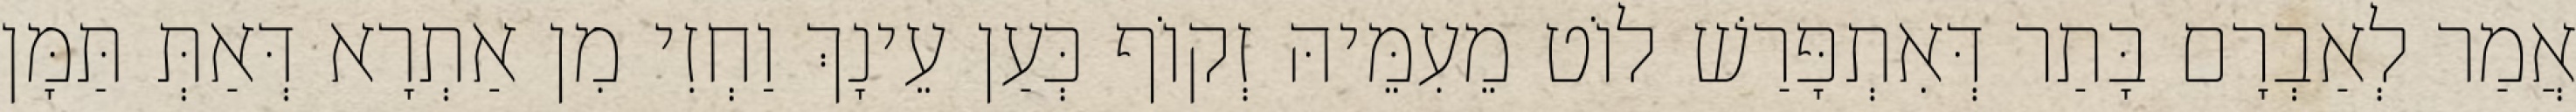
אֲמַר לְאַבְרָם בָּתַר דְּאִתְפָּרַשׁ לוֹט מֵעִמֵּיהּ זְקוֹף כְּעַן עֵינָךְ וַחְזִי מִן אַתְרָא דְּאַתְּ תַּמָּן